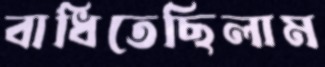
বাধিতেছিলাম